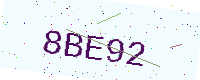
Text: 8BE92